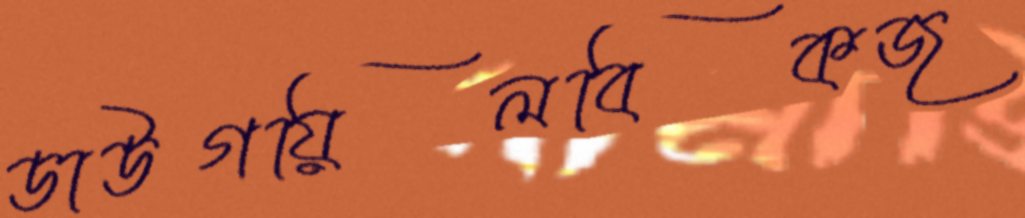
ডাউগয়িলবিকজ